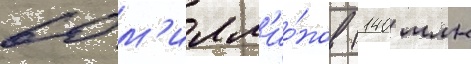
60 м'илл'ио́нов (140 млн